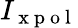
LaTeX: I_{\mathrm{~x~p~o~l~}}